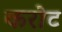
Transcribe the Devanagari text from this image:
करोट